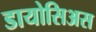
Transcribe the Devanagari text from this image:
डायोसिअस